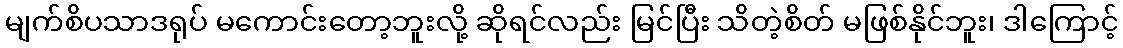
မျက်စိပသာဒရုပ် မကောင်းတော့ဘူးလို့ ဆိုရင်လည်း မြင်ပြီး သိတဲ့စိတ် မဖြစ်နိုင်ဘူး၊ ဒါကြောင့်